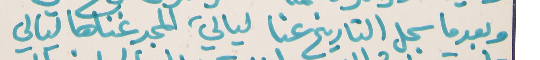
وبعدما سجل التاريخ عنا   ليالي, المجد غناها ليالي